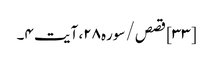
[۳۳] قصص/سوره۲۸، آیت ۴۔